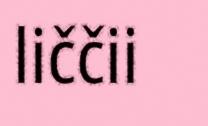
liččii